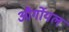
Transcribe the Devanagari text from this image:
और्गोयल